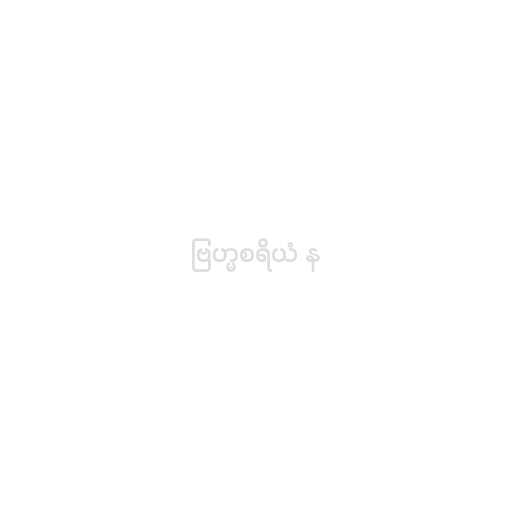
ဗြဟ္မစရိယံ န